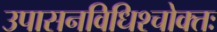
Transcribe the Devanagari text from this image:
उपासनविधिश्चोक्तः